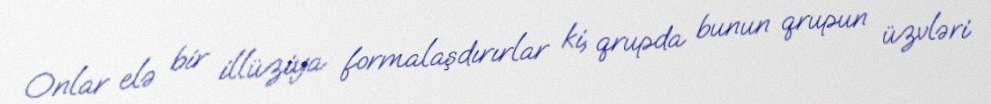
Onlar elə bir illüziya formalaşdırırlar ki, qrupda bunun qrupun üzvləri